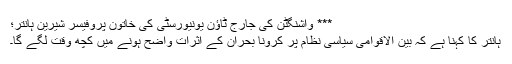
*** واشنگٹن کی جارج ٹاؤن یونیورسٹی کی خاتون پروفیسر شیرین ہانتر؛
ہانتر کا کہنا ہے کہ بین الاقوامی سیاسی نظام پر کرونا بحران کے اثرات واضح ہونے میں کچھ وقت لگے گا۔